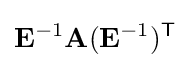
\mathbf {E} ^{-1}\mathbf {A} (\mathbf {E} ^{-1})^{\mathsf {T}}